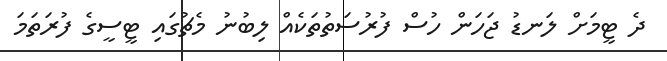
ދެ ޓީމަށް ލަނޑު ޖަހަން ހުސް ފުރުސަތުތަކެއް ލިބުނު މެޗުގައި ޓީސީގެ ފުރަތަމަ